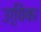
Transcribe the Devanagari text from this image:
उर्विका